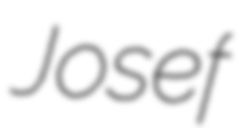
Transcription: Josef